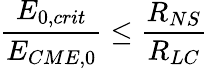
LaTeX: \frac{E_{0,crit}}{E_{CME,0}}\leq\frac{R_{NS}}{R_{LC}}